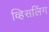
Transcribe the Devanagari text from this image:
व्हिसलिंग